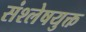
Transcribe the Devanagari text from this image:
संश्लेषयुक्त